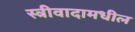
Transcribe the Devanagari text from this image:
स्त्रीवादामधील